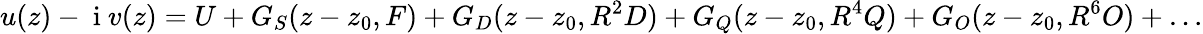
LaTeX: u(z)-\mathrm{~i~}v(z)=U+G_{S}(z-z_{0},F)+G_{D}(z-z_{0},R^{2}D)+G_{Q}(z-z_{0},R^{4}Q)+G_{O}(z-z_{0},R^{6}O)+\dots